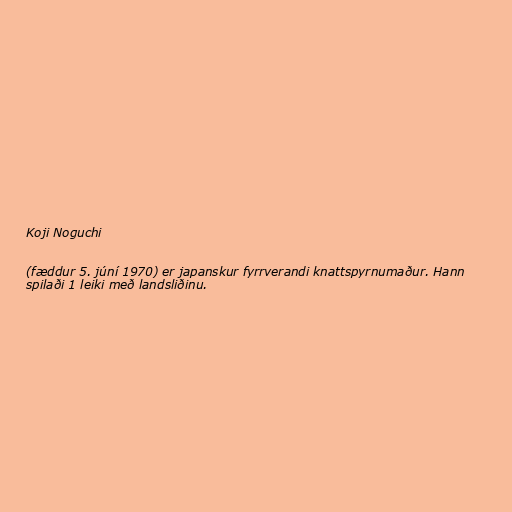
Koji Noguchi

(fæddur 5. júní 1970) er japanskur fyrrverandi knattspyrnumaður. Hann
spilaði 1 leiki með landsliðinu.